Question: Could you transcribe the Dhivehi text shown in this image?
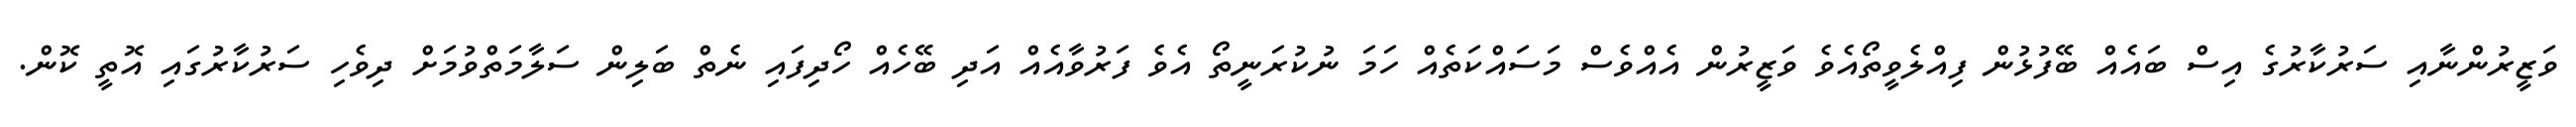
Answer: ވަޒީރުންނާއި ސަރުކާރުގެ އިސް ބައެއް ބޭފުޅުން ފިއްލެވީތޯއެވެ ވަޒީރުން އެއްވެސް މަސައްކަތެއް ހަމަ ނުކުރަނީތޯ އެވެ ފަރުވާއެއް އަދި ބޭހެއް ހޯދިފައި ނެތް ބަލިން ސަލާމަތްވުމަށް ދިވެހި ސަރުކާރުގައި އޮތީ ކޮން.